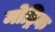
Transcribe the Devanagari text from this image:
मोट्रिक